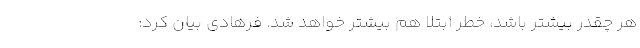
هر چقدر بیشتر باشد، خطر ابتلا هم بیشتر خواهد شد. فرهادی بیان کرد: